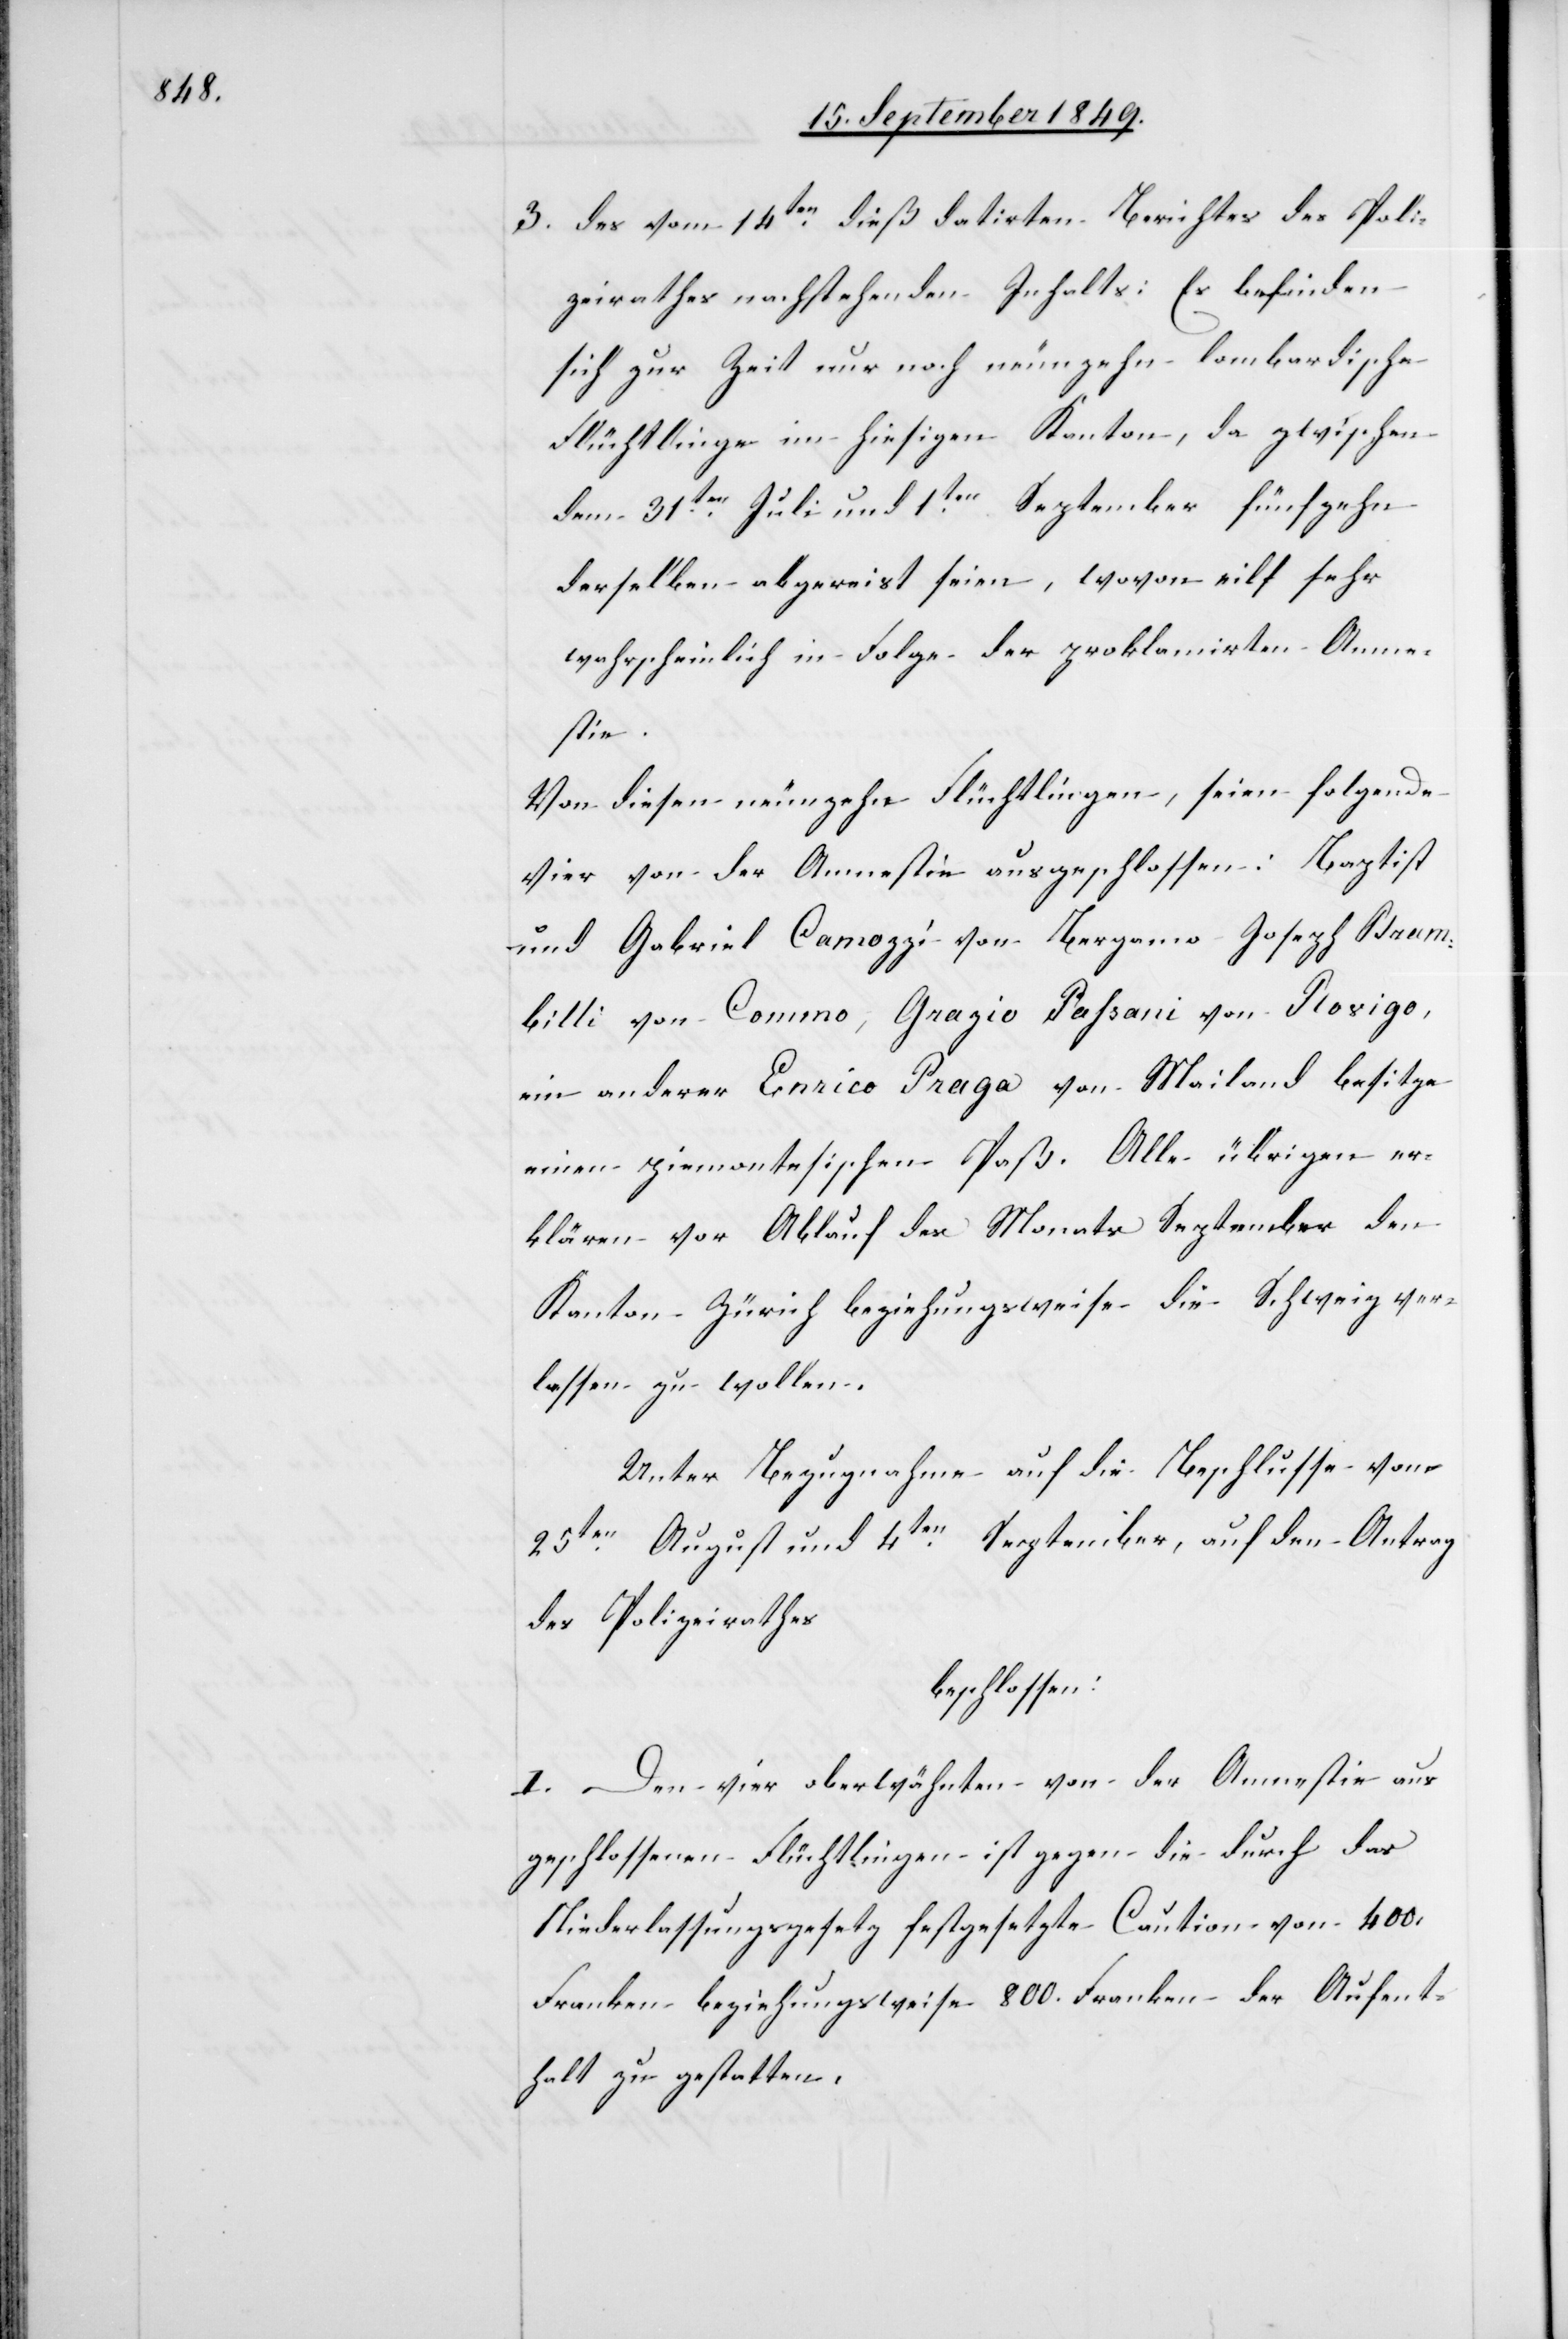
3. des vom 14ten dieß datirten Berichtes des Poli¬
zeirathes nachstehenden Inhalts: Es befinden
sich zur Zeit nur noch neunzehn lombardische
Flüchtlinge im hiesigen Kanton, da zwischen
dem 31ten Juli und 1ten September fünfzehn
derselben abgereist seien, wovon eilf sehr
wahrscheinlich in Folge der proklamirten Amne¬
stie.
Von diesen neunzehn Flüchtlingen, seien folgende
vier von der Amnestie ausgeschlossen: Baptist
und Gabriel Canozzi von Bergamo Joseph Bram¬
billi von Commo, Grazio Passani von Rosigo,
ein anderer Enrico Praga von Mailand besitze
einen piemontesischen Paß. Alle übrigen er¬
klären vor Ablauf des Monats September den
Kanton Zürich beziehungsweise die Schweiz ver¬
lassen zu wollen.
Unter Bezugnahme auf die Beschlusse
25ten August und 4ten September, auf den Antrag
des Polizeirathes
beschlossen:
I. Den vier oberwähnten von der Amnestie aus
geschlossenen Flüchtlingen ist gegen die durch das
Niederlassungsgesetz festgesetzte Caution von 400.
Franken beziehungsweise 800. Franken der Aufent¬
halt zu gestatten.